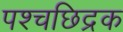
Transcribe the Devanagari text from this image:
पश्चछिद्रक